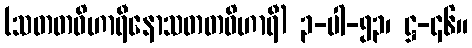
(သတတဝိဟာရီနောသတတဝိဟာရီ) ၃-ပါ-၅၃၊ ဋ္ဌ-၄၆။